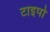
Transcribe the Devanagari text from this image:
टाइपो